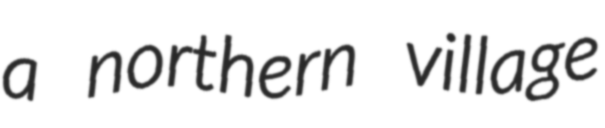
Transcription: a northern village